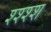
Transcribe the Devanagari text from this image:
श्श्श्श